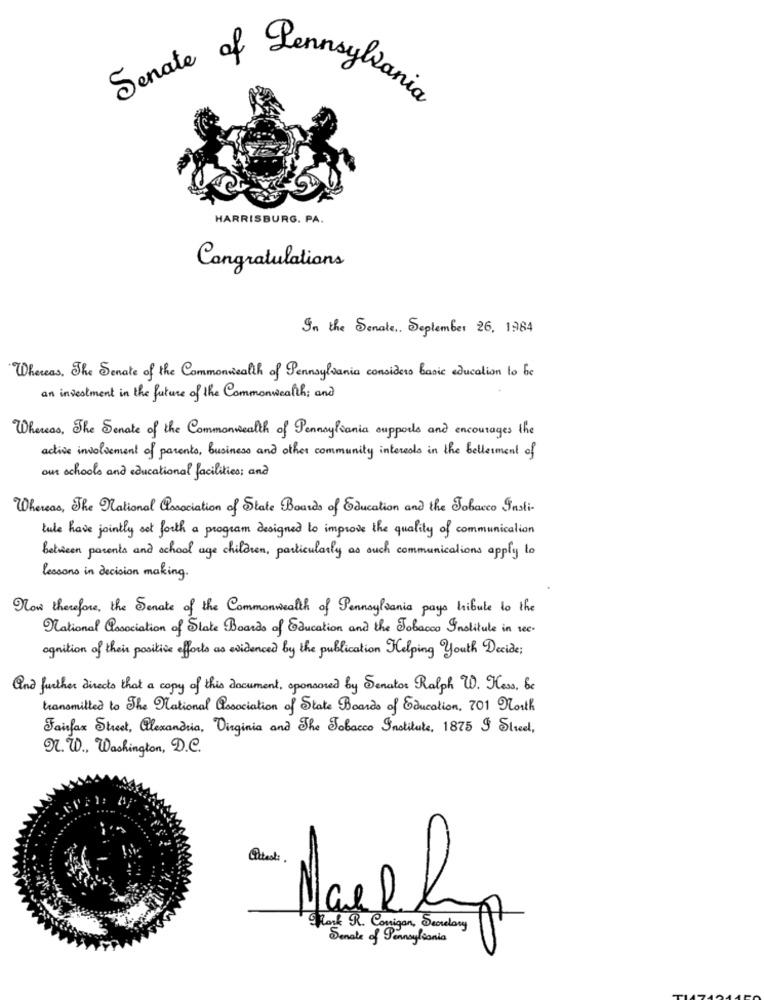
Senate of Pennsylvania
HARRISBURG. PA.
Congratulations
In the Senate ,. September 26, 1984
Whereas, The Senate of the Commonwealth of Pennsylvania considers Basic education to be
an investment in the future of the Commonwealth; and
Whereas, The Senate of the Commonwealth of Pennsylvania supports and encourages the
active involvement of parents, business and other community interests in the betterment of
our schools and educational facilities; and
Whereas, The National association of State Boards of Education and the Tobacco Justi-
tule have jointly set forth a program designed to improve the quality of communication
Between parents and school age children, particularly as such communications apply to
lessons in decision making.
How therefore, the Senate of the Commonwealth of Pennsylvania pays hibule to the
National association of State Boards of Education and the Tobacco Institute in sec.
ognition of their positive efforts as evidenced by the publication Helping Youth Decide;
and further directs that a copy of this document, sponsored by Senator Ralph W. Hess, be
transmitted to The National association of State Boards of Education, 701 North
Fairfax Street, Alexandria, Virginia and The Tobacco Institute, 1875 9 Sluel,
I. W ., Washington, D.C.
Mailly
Fork R. Corrigan, Secretary
Senate of Pennsylsonia